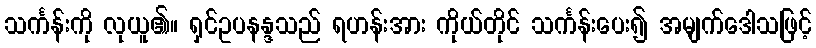
သင်္ကန်းကို လုယူ၏။ ရှင်ဥပနန္ဒသည် ရဟန်းအား ကိုယ်တိုင် သင်္ကန်းပေး၍ အမျက်ဒေါသဖြင့်